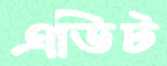
এডিট